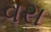
વરા